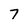
Character: 7